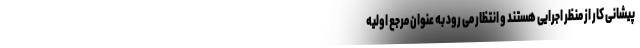
پیشانی کار از منظر اجرایی هستند و انتظار می رود به عنوان مرجع اولیه